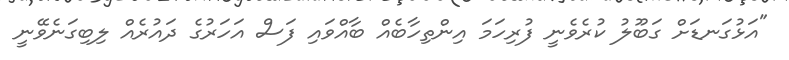
"އަޅުގަނޑަށް ގަބޫލު ކުރެވެނީ ފުރިހަމަ އިންތިހާބެއް ބާއްވައި ފަސް އަހަރުގެ ދައުރެއް ލިބިގަނެވޭނީ